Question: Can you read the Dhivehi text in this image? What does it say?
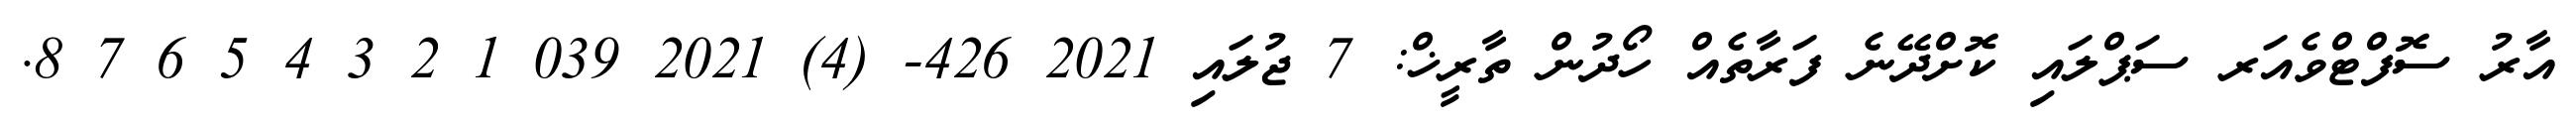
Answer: އާރު ސޮފްޓްވެއަރ ސަޕްލައި ކޮށްދޭނެ ފަރާތެއް ހޯދުން ތާރީޚް: 7 ޖުލައި 2021 426- (4) 2021 039 1 2 3 4 5 6 7 8.